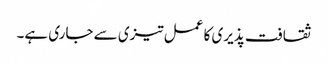
ثقافت پذیری کا عمل تیزی سے جاری ہے۔